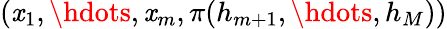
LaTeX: (\mathit{x}_{1},\hdots,\mathit{x}_{m},\pi(h_{m+1},\hdots,h_{M}))